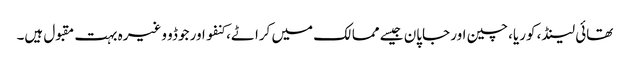
تھائی لینڈ، کوریا، چین اور جاپان جیسے ممالک میں کراٹے، کنفو اور جوڈو وغیرہ بہت مقبول ہیں۔